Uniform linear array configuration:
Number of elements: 32
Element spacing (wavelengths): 0.5
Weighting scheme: kaiser
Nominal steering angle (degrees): -60
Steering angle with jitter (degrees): -61.257
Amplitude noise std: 0.05
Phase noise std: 0.05

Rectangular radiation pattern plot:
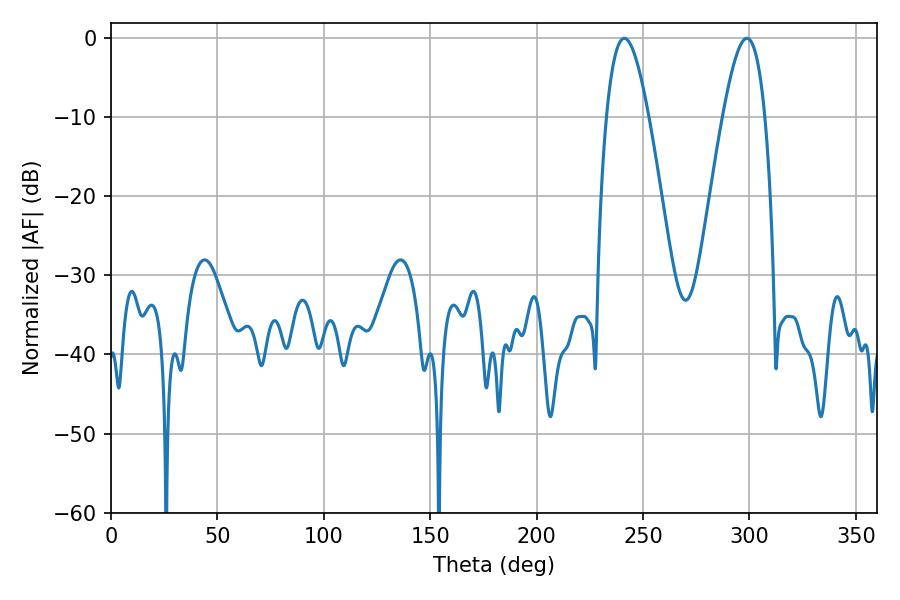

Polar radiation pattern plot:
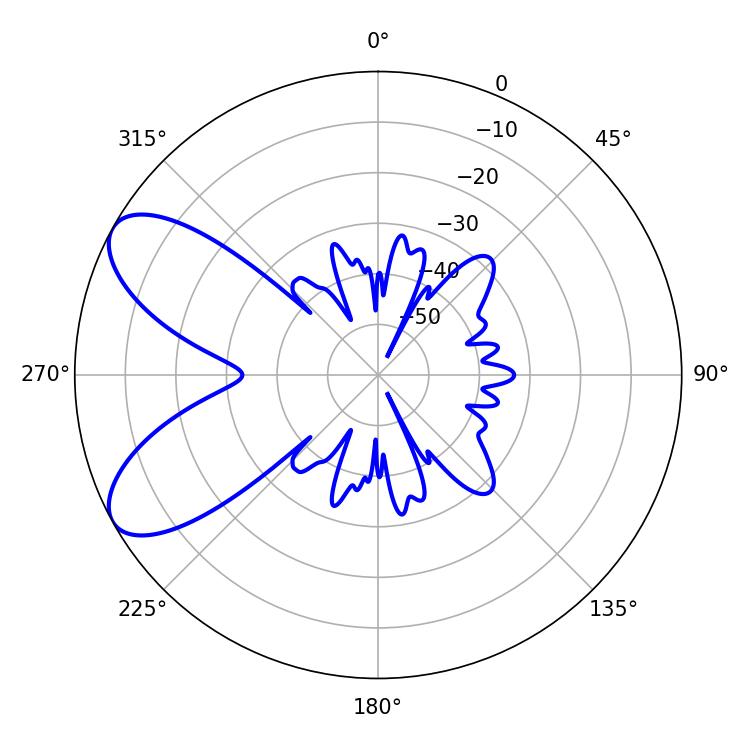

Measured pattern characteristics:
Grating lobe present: FALSE
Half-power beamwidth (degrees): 10.62
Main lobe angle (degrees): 241.2